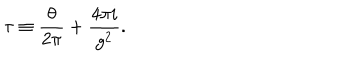
\tau \equiv \frac { \theta } { 2 \pi } + \frac { 4 \pi i } { g ^ { 2 } } .